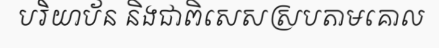
បរិយាប័ន និងជាពិសេសស្របតាមគោល